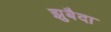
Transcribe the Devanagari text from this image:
झुबैदा